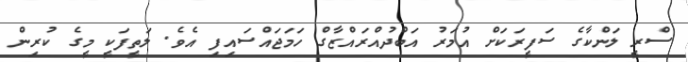
ސްރީ ލަންކާގެ ސަފީރަކަށް އުމަރު އަބްދުއްރައްޒާގް ހަމަޖައްސައިފި އެވެ. ލަތީފަކީ މީގެ ކުރިން